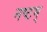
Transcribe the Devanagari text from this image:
नष्टम्